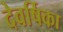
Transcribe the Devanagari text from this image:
देवर्षिका